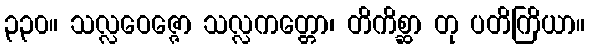
၃၃၀။ သလ္လဝေဇ္ဇော သလ္လကတ္တော၊ တိကိစ္ဆာ တု ပတိကြိယာ။